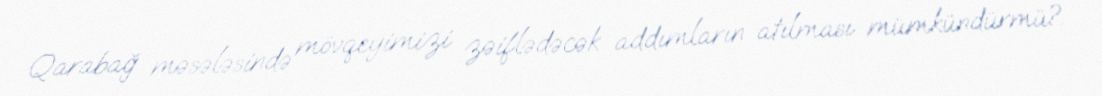
Qarabağ məsələsində mövqeyimizi zəiflədəcək addımların atılması mümkündürmü?.